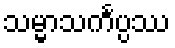
သမ္မာသင်္ကပ္ပဿ